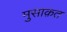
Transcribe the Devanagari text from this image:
मुसाक़त